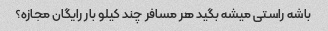
باشه راستی میشه بگید هر مسافر چند کیلو بار رایگان مجازه؟